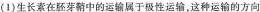
(1)生长素在胚芽鞘中的运输属于极性运输，这种运输的方向